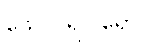
ဖေဂ္ဂုပရိဝါရော